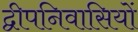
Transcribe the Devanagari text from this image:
द्वीपनिवासियों